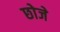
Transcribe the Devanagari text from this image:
छोजे